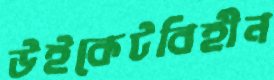
উইকেটবিহীন